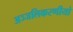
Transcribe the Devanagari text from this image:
अञ्जलिकरणीयो